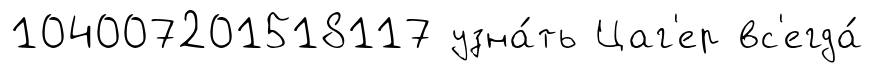
104007201518117 узна́ть Цаг'ер вс'егда́